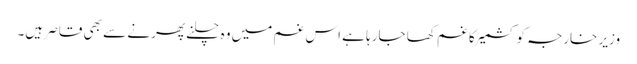
وزیر خارجہ کو کشمیر کا غم کھا جارہا ہے اس غم میں وہ چلنے پھرنے سے بھی قاصر ہیں۔